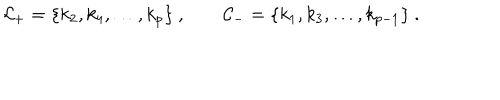
{ \cal C } _ { + } = \{ k _ { 2 } , k _ { 4 } , \ldots , k _ { p } \} \ , \qquad { \cal C } _ { - } = \{ k _ { 1 } , k _ { 3 } , \ldots , k _ { p - 1 } \} \ .